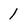
Character: 1